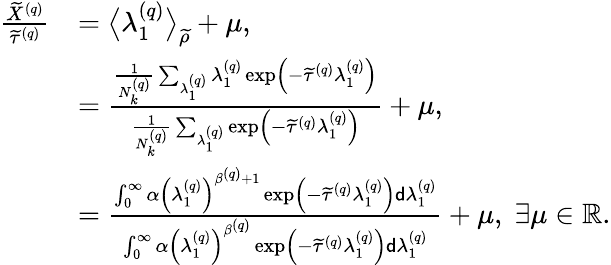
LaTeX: \begin{array}{rl}{\frac{\widetilde{X}^{\left(q\right)}}{\widetilde{\tau}^{\left(q\right)}}}&{=\big\langle\lambda_{1}^{\left(q\right)}\big\rangle_{\widetilde{\rho}}+\mu,}\\ &{=\frac{\frac{1}{N_{k}^{\left(q\right)}}\sum_{\lambda_{1}^{\left(q\right)}}\lambda_{1}^{\left(q\right)}\exp\left(-\widetilde{\tau}^{\left(q\right)}\lambda_{1}^{\left(q\right)}\right)}{\frac{1}{N_{k}^{\left(q\right)}}\sum_{\lambda_{1}^{\left(q\right)}}\exp\left(-\widetilde{\tau}^{\left(q\right)}\lambda_{1}^{\left(q\right)}\right)}+\mu,}\\ &{=\frac{\int_{0}^{\infty}\alpha\left(\lambda_{1}^{\left(q\right)}\right)^{\beta^{\left(q\right)}+1}\exp\left(-\widetilde{\tau}^{\left(q\right)}\lambda_{1}^{\left(q\right)}\right)\mathsf{d}\lambda_{1}^{\left(q\right)}}{\int_{0}^{\infty}\alpha\left(\lambda_{1}^{\left(q\right)}\right)^{\beta^{\left(q\right)}}\exp\left(-\widetilde{\tau}^{\left(q\right)}\lambda_{1}^{\left(q\right)}\right)\mathsf{d}\lambda_{1}^{\left(q\right)}}+\mu,\; \exists\mu\in\mathbb{R}.}\end{array}